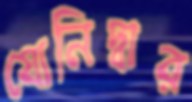
যোনিদ্বার